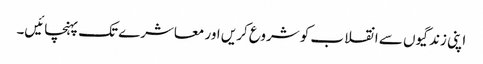
اپنی زندگیوں سے انقلاب کو شروع کریں اور معاشرے تک پہنچائیں۔